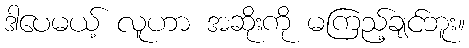
ဒါပေမယ့် လူဟာ အဆိုးကို မကြည့်ချင်ဘူး။